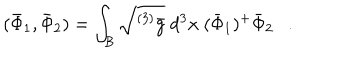
LaTeX: ( \bar { \Phi } _ { 1 } , \bar { \Phi } _ { 2 } ) = \int _ { \cal B } \sqrt { ^ { ( 3 ) } \bar { g } } ~ d ^ { 3 } x ~ ( \bar { \Phi } _ { 1 } ) ^ { + } \bar { \Phi } _ { 2 } .